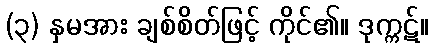
(၃) နှမအား ချစ်စိတ်ဖြင့် ကိုင်၏။ ဒုက္ကဋ်။